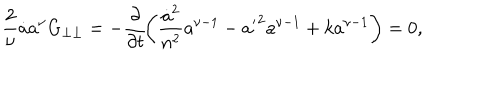
\frac { 2 } { \nu } \dot { a } a ^ { \nu } G _ { \perp \perp } = - \frac { \partial } { \partial t } \! \left( \frac { \dot { a } ^ { 2 } } { n ^ { 2 } } a ^ { \nu - 1 } - { a ^ { \prime } } ^ { 2 } a ^ { \nu - 1 } + k a ^ { \nu - 1 } \right) = 0 ,